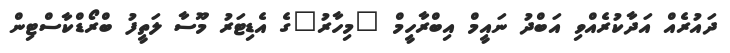
ދައުރެއް އަދާކުރެއްވި އަބްދު ނައީމް އިބްރާހީމް "މިހާރު"ގެ އެޑިޓަރު މޫސާ ލަތީފު ބްރޯޑްކާސްޓިން